Lunatic asylums Central Provinces reports 1895-1909 - 1895-1909
Year: 1895
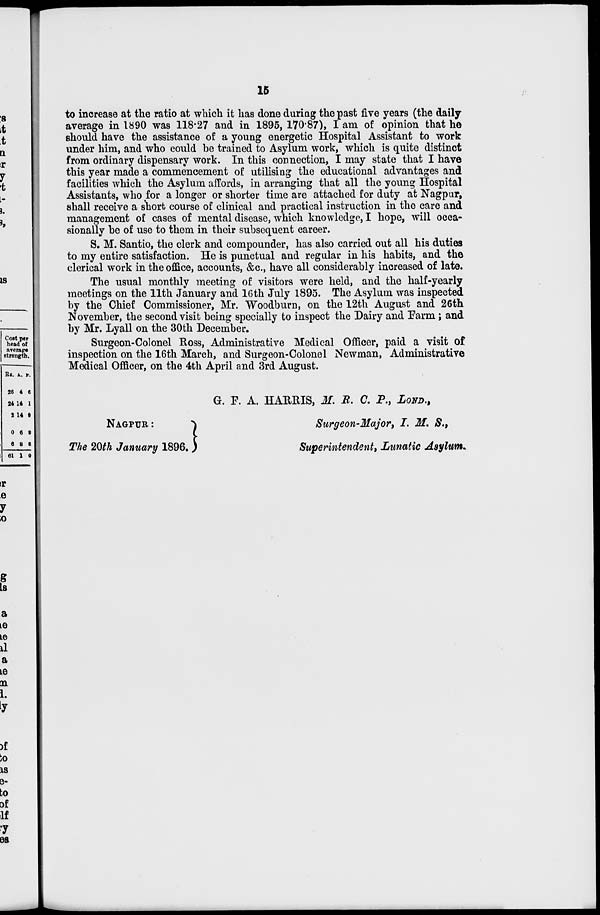
15
to increase at the ratio at which it has done during the past five years (the daily
average in 1890 was 118.27 and in 1895, 170.87), I am of opinion that he
should have the assistance of a young energetic Hospital Assistant to work
under him, and who could be trained to Asylum work, which is quite distinct
from ordinary dispensary work. In this connection, I may state that I have
this year made a commencement of utilising the educational advantages and
facilities which the Asylum affords, in arranging that all the young Hospital
Assistants, who for a longer or shorter time are attached for duty at Nagpur,
shall receive a short course of clinical and practical instruction in the care and
management of cases of mental disease, which knowledge, I hope, will occa-
sionally be of use to them in their subsequent career.
S. M. Santio, the clerk and compounder, has also carried out all his duties
to my entire satisfaction. He is punctual and regular in his habits, and the
clerical work in the office, accounts, &c., have all considerably increased of late.
The usual monthly meeting of visitors were held, and the half-yearly
meetings on the 11th January and 16 th July 1895. The Asylum was inspected
by the Chief Commissioner, Mr. Woodburn, on the 12th August and 26th
November, the second visit being specially to inspect the Dairy and Farm; and
by Mr. Lyall on the 30th December.
Surgeon-Colonel Ross, Administrative Medical Officer, paid a visit of
inspection on the 16th March, and Surgeon-Colonel Newman, Administrative
Medical Officer, on the 4th April and 3rd August.
NAGPUR :
The 20th January 1896.
G. F. A. HARRIS, M. R. C. P., LOND.,
Surgeon-Major, I. M. S.,
Superintendent, Lunatic Asylum.